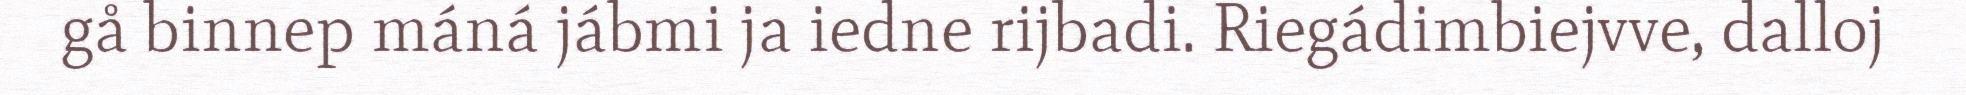
gå binnep máná jábmi ja iedne rijbadi. Riegádimbiejvve, dalloj